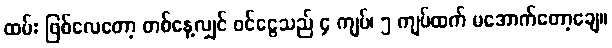
ထမ်း ဖြစ်လေတော့ တစ်နေ့လျှင် ဝင်ငွေသည် ၄ ကျပ်၊ ၅ ကျပ်ထက် မအောက်တော့ချေ။